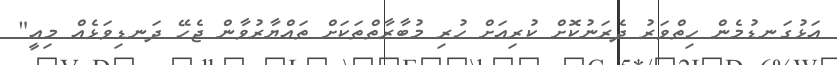
އަޅުގަނޑުމެން ހިތްވަރު ދެރަނުކޮށް ކުރިއަށް ހުރި މުބާރާތްތަކަށް ތައްޔާރުވާން ޖެހޭ ދަނޑިވަޅެއް މިއީ"